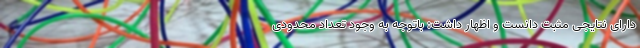
دارای نتایجی مثبت دانست و اظهار داشت: باتوجه به وجود تعداد محدودی